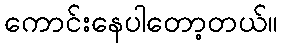
ကောင်းနေပါတော့တယ်။